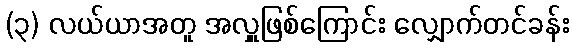
(၃) လယ်ယာအတူ အလှူဖြစ်ကြောင်း လျှောက်တင်ခန်း